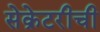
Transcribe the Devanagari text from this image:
सेक्रेटरीची